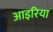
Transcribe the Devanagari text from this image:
आइरिया